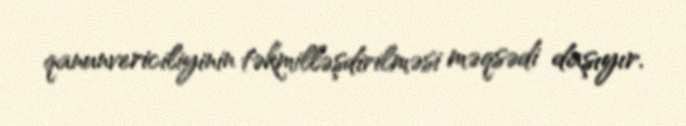
qanunvericiliyinin təkmilləşdirilməsi məqsədi daşıyır.